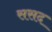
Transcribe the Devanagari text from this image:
ससद